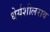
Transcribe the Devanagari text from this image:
धेर्यशीलराव